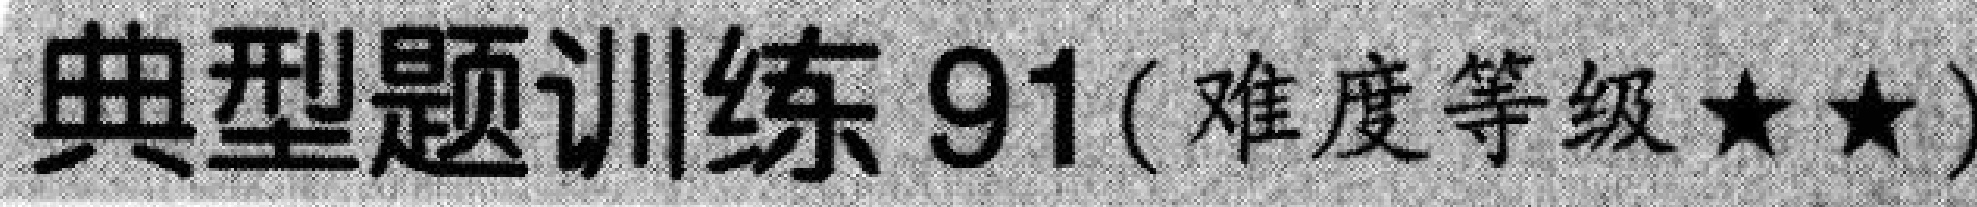
典型题训练 91(难度等级$\star\star$)